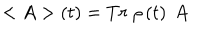
< A > \left( t \right) = T r \ \rho \left( t \right) \ A